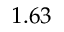
1 . 6 3